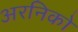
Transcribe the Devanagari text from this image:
अरनिको